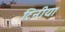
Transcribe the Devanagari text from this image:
टिनीया